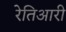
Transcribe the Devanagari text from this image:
रेतिआरी